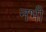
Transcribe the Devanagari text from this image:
नभीं